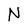
Character: N